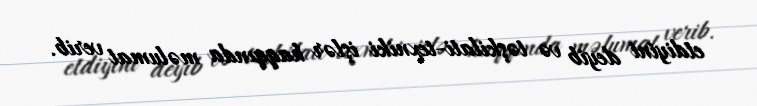
etdiyini deyib və təşkilati-texniki işlər haqqında məlumat verib.